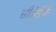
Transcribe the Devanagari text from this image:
सीईसीपी